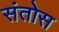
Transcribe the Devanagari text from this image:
संतोस